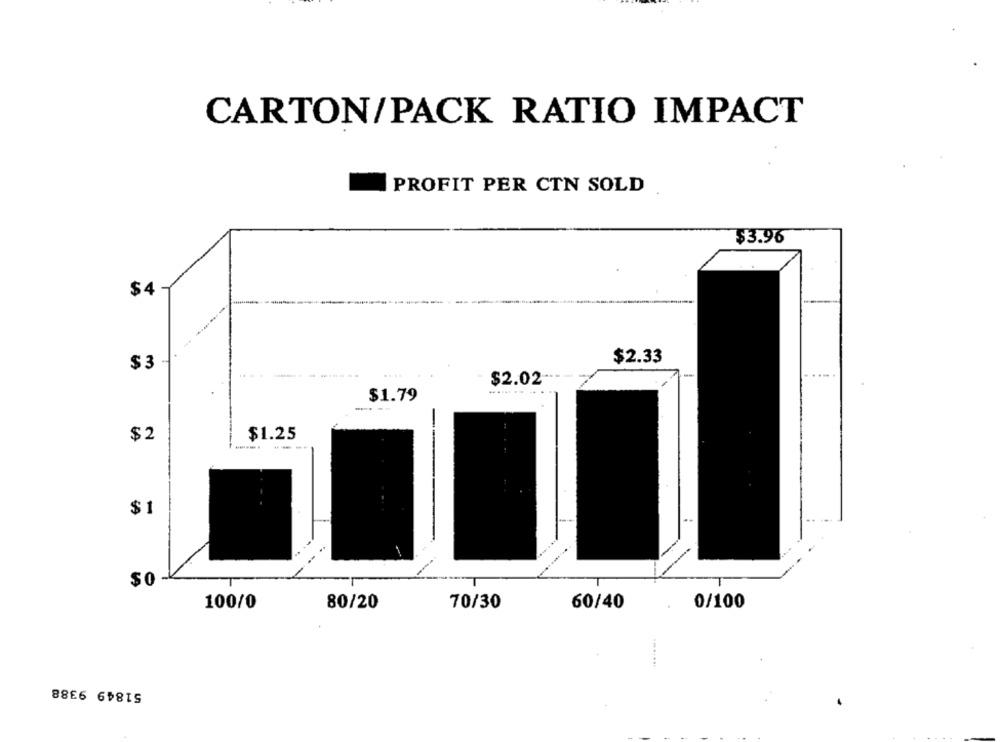
CARTON/PACK RATIO IMPACT
PROFIT PER CTN SOLD
$3.96
$4
$2.33
$3
$2.02
$1.79
- --
$2
$1.25
---
$1
$0
100/0
80/20
70/30
60/40
0/100
........
51849 9388